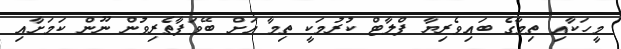
މީހަކާއި ތިމާގެ ބައިވެރިޔާ ފްލާޓް ކުރުމަކީ ތިމާ އަށް ބޭވަފާތެރިވުން ނޫން ކަމަށާއި